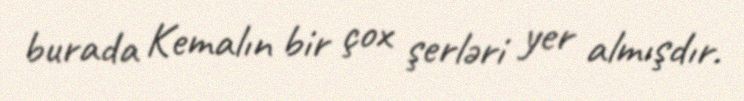
burada Kemalın bir çox şerləri yer almışdır.